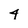
Character: 4